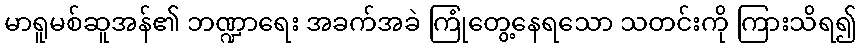
မာရူမစ်ဆူအန်၏ ဘဏ္ဍာရေး အခက်အခဲ ကြုံတွေ့နေရသော သတင်းကို ကြားသိရ၍